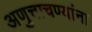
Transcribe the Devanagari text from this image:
अणुचाचण्यांना